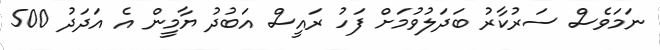
ނަމަވެސް ސަރުކާރު ބަދަލުވުމަށް ފަހު ރައީސް އަބުދު ޔާމީން އެ އަދަދު 500